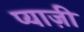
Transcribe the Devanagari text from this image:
प्याज़ी